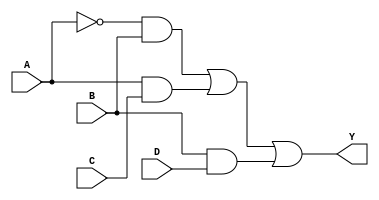
module sop_simplified (
    input wire A,    // Input variable A
    input wire B,    // Input variable B
    input wire C,    // Input variable C
    input wire D,    // Input variable D
    output wire Y    // Output variable Y
);

// Internal signals for the product terms
wire A_not;        // NOT A
wire term1;       // A'B
wire term2;       // AC
wire term3;       // BD

// Logic gates implementation
// NOT gate for A
not (A_not, A);

// AND gates for product terms
and (term1, A_not, B);  // A'B
and (term2, A, C);      // AC
and (term3, B, D);      // BD

// OR gate for final output
or (Y, term1, term2, term3); // Y = A'B + AC + BD

endmodule